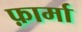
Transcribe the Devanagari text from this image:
फ़ार्मा